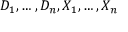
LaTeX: D _ { 1 } , \ldots , D _ { n } , X _ { 1 } , \ldots , X _ { n }